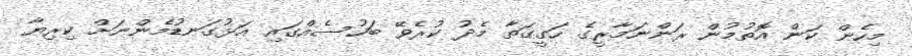
މިހެން ކަން އޮތުމުން ރަންނަމާރީގެ ހަގީގަތާ މެދު ކުރެވޭ ބަހުސެއްގައި އަޅުގަނޑުމެންނަށް ކިރިޔާ